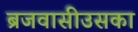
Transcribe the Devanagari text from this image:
ब्रजवासीउसका